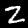
Digit: 2